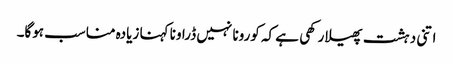
اتنی دہشت پھیلا رکھی ہے کہ کورونا نہیں ڈراونا کہنا زیادہ مناسب ہوگا۔